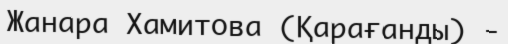
Жанара Хамитова (Қарағанды) -